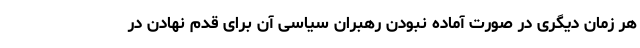
هر زمان دیگری در صورت آماده نبودن رهبران سیاسی آن برای قدم نهادن در